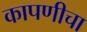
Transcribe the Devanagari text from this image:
कापणीचा